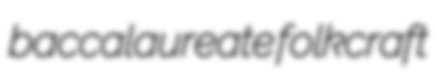
baccalaureate folkcraft